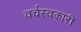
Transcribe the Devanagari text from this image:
वर्चस्वकारी